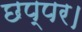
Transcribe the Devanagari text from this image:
छप्पर।